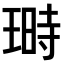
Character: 𤨅